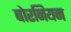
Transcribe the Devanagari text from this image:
बोरनियन